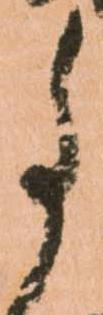
事